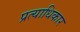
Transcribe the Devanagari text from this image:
प्रत्याधिकार